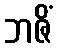
ဘဇိံ